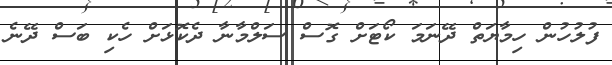
ފުލުހުން ހިމާޔަތް ދޭނަމަ ކޯޓަށް ގޮސް ސަލްމާނާ ދެކޮޅަށް ހެކި ބަސް ދޭނެ